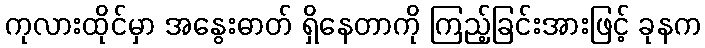
ကုလားထိုင်မှာ အနွေးဓာတ် ရှိနေတာကို ကြည့်ခြင်းအားဖြင့် ခုနက